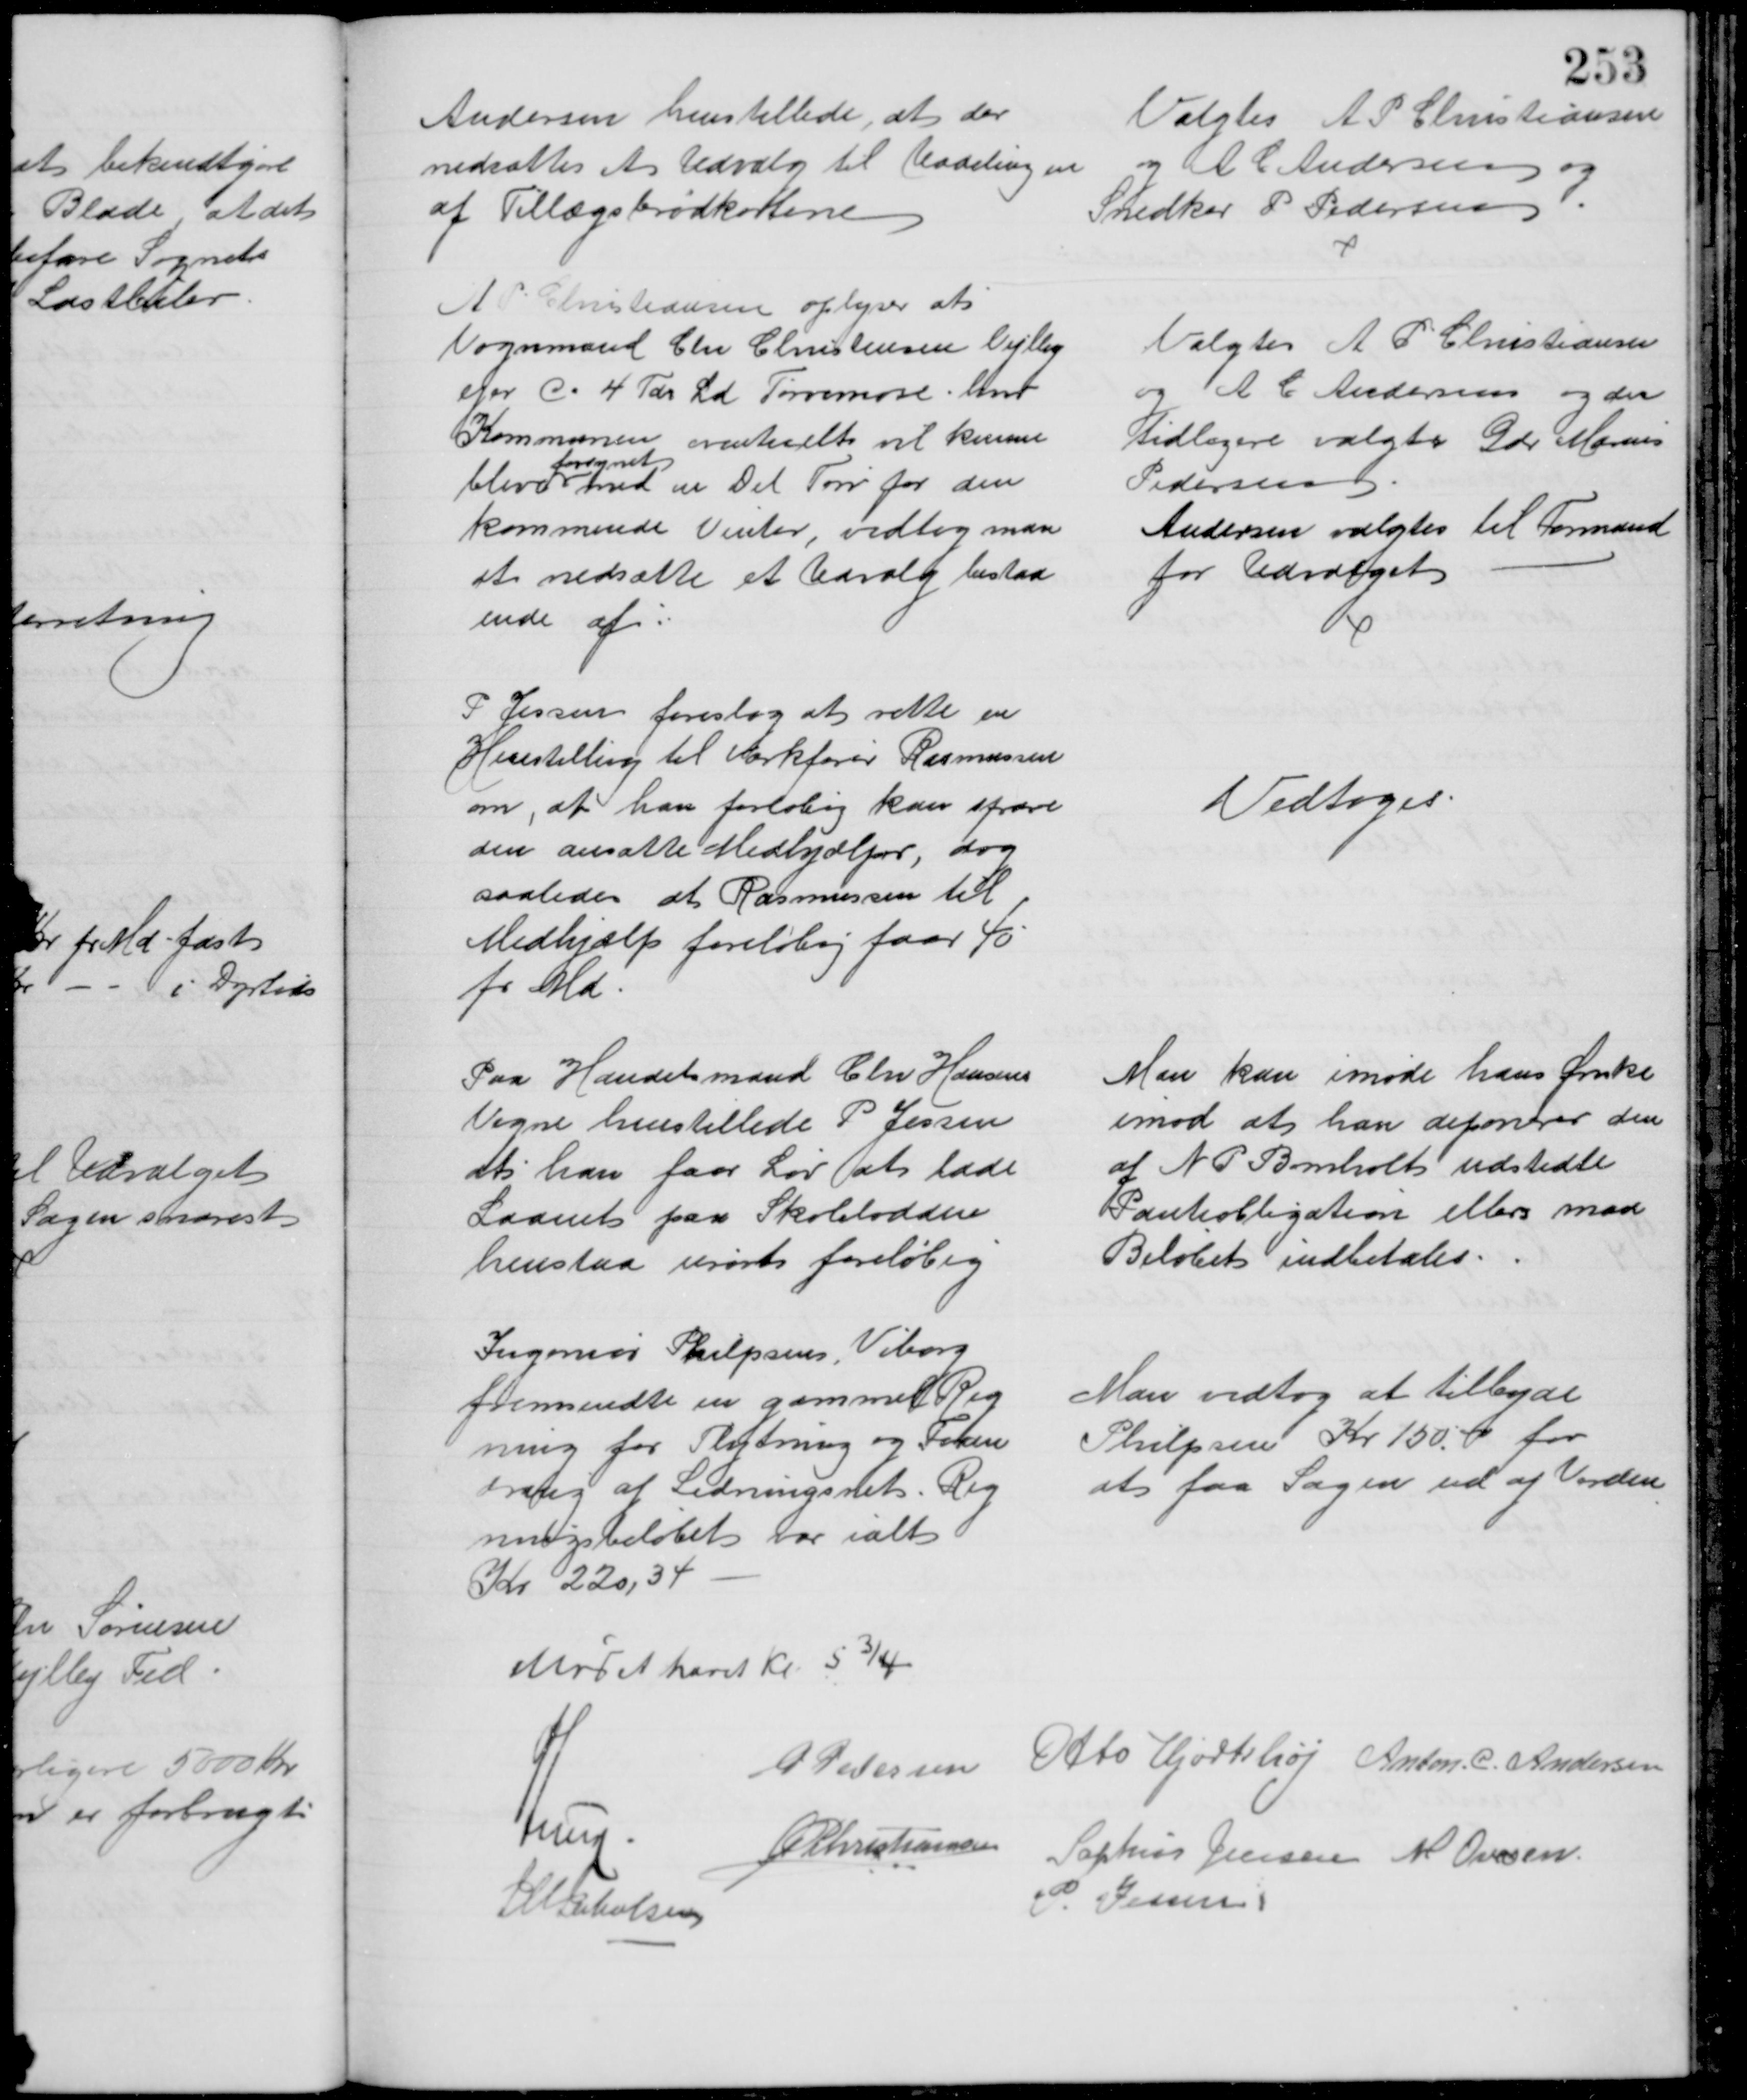
Transskription:
Andersen henstillede, at der
nedsattes et Udvalg til Uddelingen
af Tillægsbrødkortene
Valgtes A P Christiansen
og A C Andersen og
Snedker P Pedersen
A. P. Christiansen oplyser at
Vognmand Chr Christensen Vejlby
ejer C. 4 Tdr Ld Tørvemose hvor
Kommunen eventuelt vil kunne
blive 
forsynet
med en Del Tørv for den 
kommende Vinter, vedtog man 
at nedsætte et Udvalg bestaa
ende af:
Valgtes A P Christiansen
og A C Andersen og den
tidligere valgte Gdr Marius
Pedersen
Andersen valgtes til Formand
for Udvalget
P Jessen foreslog at rette en
Henstilling til Værkfører Rasmussen
om, at han forløbig kan spare
den ansatte Medhjælper, dog
saaledes at Rasmussen til
Medhjælp foreløbig faar 40
pr Md
Vedtoges
Paa Handelsmand Chr Hansens
Vegne henstillede P Jessen
at han faar Lov at lade
Laanet paa Skolelodden
henstaa urørt foreløbig
Man kan imøde hans Ønske
imod at han deponerer den
af N P Bomholt udstedte
Panteobligation ellers maa
Beløbet indbetales
Ingeniør Philpsen, Viborg
fremsendte en gammel Reg
ning for Flytning og Foran
dring af Ledningsnet. Reg
ningsbeløbet var ialt
Kr 220,34
Man vedtog at tilbyde
Philpsen Kr 150 for
at faa Sagen ud af Verden
Mødet hævet Kl. 5¾
P Pedersen Otto Hjortshøj Anton. C. Andersen
A Lund
A P Christiansen Sophus Jensen M Ovesen
J M Jakobsen
P. Jessen